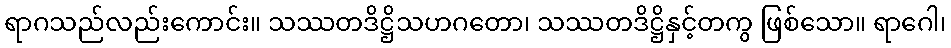
ရာဂသည်လည်းကောင်း။ သဿတဒိဋ္ဌိသဟဂတော၊ သဿတဒိဋ္ဌိနှင့်တကွ ဖြစ်သော။ ရာဂေါ၊